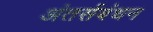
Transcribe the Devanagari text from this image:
अंतर्सबंधन